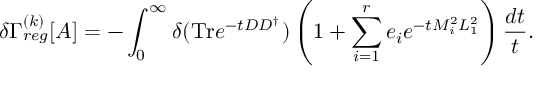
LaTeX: \delta \Gamma _ { r e g } ^ { ( k ) } [ A ] = - \int _ { 0 } ^ { \infty } \delta ( \mathrm { T r } e ^ { - t D D ^ { \dagger } } ) \left( 1 + \sum _ { i = 1 } ^ { r } e _ { i } e ^ { - t M _ { i } ^ { 2 } L _ { 1 } ^ { 2 } } \right) \frac { d t } { t } .